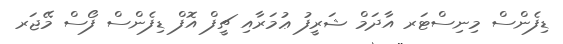
ޑިފެންސް މިނިސްޓަރ އާދަމް ޝަރީފު ޢުމަރާއި ޗީފް އޮފް ޑިފެންސް ފޯސް މޭޖަރ